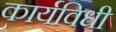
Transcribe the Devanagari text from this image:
कार्यविधी